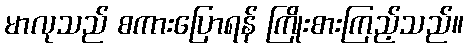
မာလုသည် စကားပြောရန် ကြိုးစားကြည့်သည်။